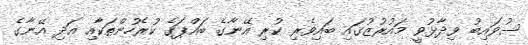
ސުވައިބު ވިދާޅުވީ މައުރުޒުގައި ބައިވެރި ކުރި އޭނާގެ ބައްޕަގެ ކުރެހުންތަކާއި އަދި އޭނާގެ